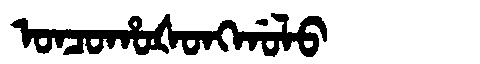
Manchu: ᠣᠨᠴᠣᡥᠣᡧᠣᠩᡤᠣᠯᠣ
Romanization: ONCOHOŠONGGOLO